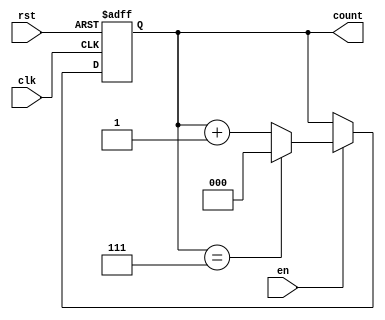
module modulus_counter #(
    parameter N = 8 // Modulus value, must be a power of 2 for simplicity
) (
    input wire clk,    // Clock signal
    input wire rst,    // Active-high asynchronous reset
    input wire en,     // Enable signal
    output reg [log2(N)-1:0] count // Count output (binary)
);

// Function to calculate log2 of a number
function integer log2;
    input integer value;
    begin
        log2 = 0;
        while (2**log2 < value) begin
            log2 = log2 + 1;
        end
    end
endfunction

// Always block for counter behavior
always @(posedge clk or posedge rst) begin
    if (rst) begin
        count <= 0; // Reset count to 0
    end else if (en) begin
        if (count == N-1) begin
            count <= 0; // Reset to 0 upon reaching modulus
        end else begin
            count <= count + 1; // Increment count
        end
    end
end

endmodule